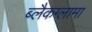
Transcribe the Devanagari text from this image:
ब्लैकग्लामा